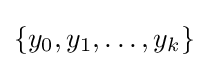
\{y_{0},y_{1},\ldots ,y_{k}\}